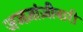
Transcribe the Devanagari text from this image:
जजज़ांज़ीबारी